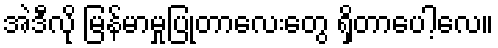
အဲဒီလို မြန်မာမှုပြုတာလေးတွေ ရှိတာပေါ့လေ။